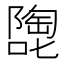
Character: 𱕂